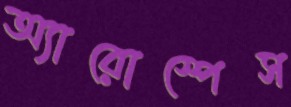
অ্যারোস্পেস